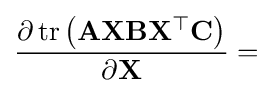
{\frac {\partial \operatorname {tr} \left(\mathbf {AXBX^{\top }C} \right)}{\partial \mathbf {X} }}=